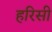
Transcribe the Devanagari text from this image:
हरिसी